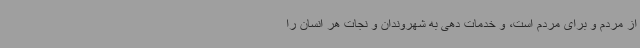
از مردم و برای مردم است، و خدمات دهی به شهروندان و نجات هر انسان را